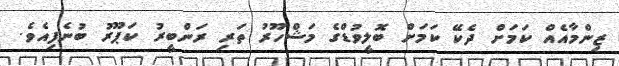
ޒިންމާއެއް ކަމަށް ދެކޭ ކަމަށް ބޮލީވުޑްގެ މަޝްހޫރު ތަރި ރަންބީރު ކަޕޫރު ބުނެފިއެވެ.